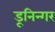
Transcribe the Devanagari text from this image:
डूनिन्गर